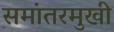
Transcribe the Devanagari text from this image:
समांतरमुखी